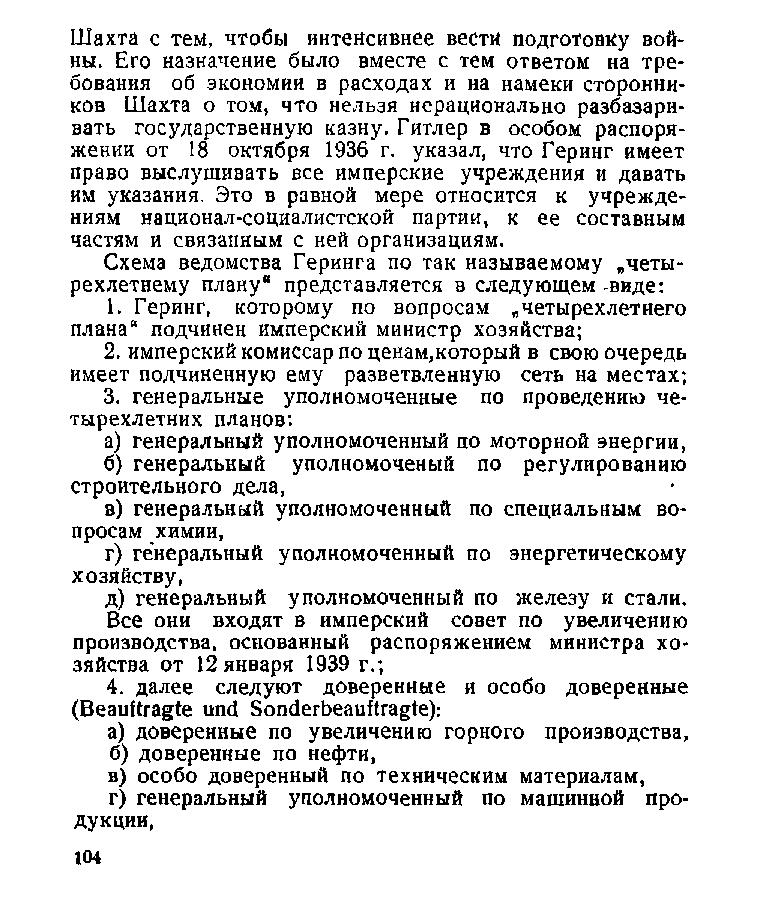
Шахта с тем, чтобы интенсивнее вести подготовку вой­
 ны. Его назначение было вместе с тем ответом на тре­
 бования об экономии в расходах и на намеки сторонни­
 ков Шахта о том, что нельзя нерационально разбазари­
 вать государственную казну. Гитлер в особом распоря­
 жении от 18 октября 1936 г. указал, что Геринг имеет
 право выслушивать все имперские учреждения и давать
 им указания Это в равной мере относится к учрежде­
 ниям национал-социалистской партии, к ее составным
 частям и связанным с ней организациям.
 Схема ведомства Геринга по так называемому „четы­
 рехлетнему плану“ представляется в следующем -виде:
 1. Геринг, которому по вопросам „четырехлетнего
 плана“ подчинен имперский министр хозяйства;
 2. имперский комиссар по ценам,который в свою очередь
 имеет подчиненную ему разветвленную сеть на местах;
 3. генеральные уполномоченные по проведению че­
 тырехлетних планов:
 а) генеральный уполномоченный по моторной энергии,
 б) генеральный уполномоченый по регулированию
 строительного дела,
 в) генеральный уполномоченный по специальным во­
 просам химии,
 г) генеральный уполномоченный по энергетическому
 хозяйству,
 д) генеральный уполномоченный по железу и стали.
 Все они входят в имперский совет по увеличению
 производства, основанный распоряжением министра хо­
 зяйства от 12 января 1939 г.;
 4. далее следуют доверенные и особо доверенные
 (Beauftragte und Sonderbeauftragte):
 а) доверенные по увеличению горного производства,
 б) доверенные по нефти,
 в) особо доверенный по техническим материалам,
 г) генеральный уполномоченный по машинной про­
 дукции,
 104